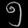
Digit: ၅